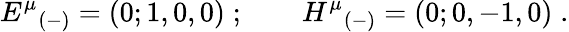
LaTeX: {E^{\mu}}_{(-)}=(0;1,0,0)\; ;\qquad{H^{\mu}}_{(-)}=(0;0,-1,0)\; .